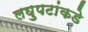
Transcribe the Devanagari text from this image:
लघुपटांकडे